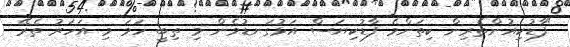
"ފާޑުކިއުންތެރިން ކިތަންމެ ފާޑުކިޔަސް އަޅުގަނޑުމެން މި ތިބީ ހަމަ މި އަހަރު ތެރޭ